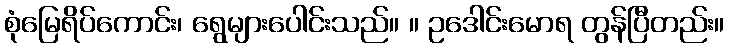
စုံမြေရိပ်ကောင်း၊ ရွေများပေါင်းသည်။ ။ ဥဒေါင်းမောရ တွန်ပြီတည်း။